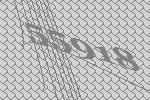
55918